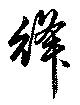
絳